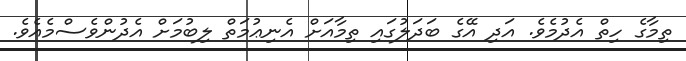
ތިމާގެ ހިތް އެދުމެވެ. އަދި އޭގެ ބަދަލުގައި ތިމާއަށް އެނިޢުމަތް ލިބުމަށް އެދުންވެސްމެއެވެ.